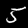
Label: 5